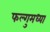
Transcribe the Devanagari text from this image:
फल्गुमध्या